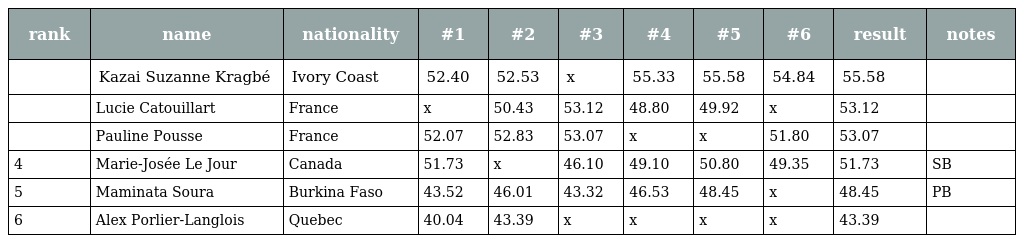
| rank | name | nationality | #1 | #2 | #3 | #4 | #5 | #6 | result | notes |
 | --- | --- | --- | --- | --- | --- | --- | --- | --- | --- | --- |
 |  | Kazai Suzanne Kragbé | Ivory Coast | 52.40 | 52.53 | x | 55.33 | 55.58 | 54.84 | 55.58 |  |
 |  | Lucie Catouillart | France | x | 50.43 | 53.12 | 48.80 | 49.92 | x | 53.12 |  |
 |  | Pauline Pousse | France | 52.07 | 52.83 | 53.07 | x | x | 51.80 | 53.07 |  |
 | 4 | Marie-Josée Le Jour | Canada | 51.73 | x | 46.10 | 49.10 | 50.80 | 49.35 | 51.73 | SB |
 | 5 | Maminata Soura | Burkina Faso | 43.52 | 46.01 | 43.32 | 46.53 | 48.45 | x | 48.45 | PB |
 | 6 | Alex Porlier-Langlois | Quebec | 40.04 | 43.39 | x | x | x | x | 43.39 |  |